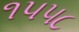
૧૫૫૮